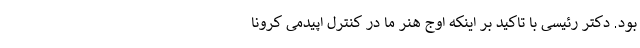
بود. دکتر رئیسی با تاکید بر اینکه اوج هنر ما در کنترل اپیدمی کرونا